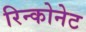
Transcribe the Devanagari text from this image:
रिन्कोनेट